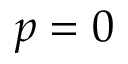
p = 0